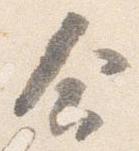
合